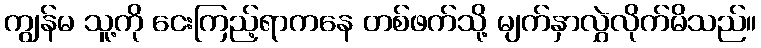
ကျွန်မ သူ့ကို ငေးကြည့်ရာကနေ တစ်ဖက်သို့ မျက်နှာလွှဲလိုက်မိသည်။